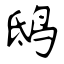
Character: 鸱